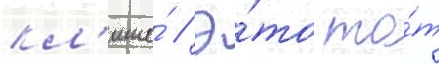
кл'ише́ // Э́то то́т